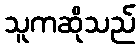
သူကဆိုသည်